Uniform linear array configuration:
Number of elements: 8
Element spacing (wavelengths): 0.75
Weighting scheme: exponential
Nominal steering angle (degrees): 45
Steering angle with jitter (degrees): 45.588
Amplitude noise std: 0.05
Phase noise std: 0.05

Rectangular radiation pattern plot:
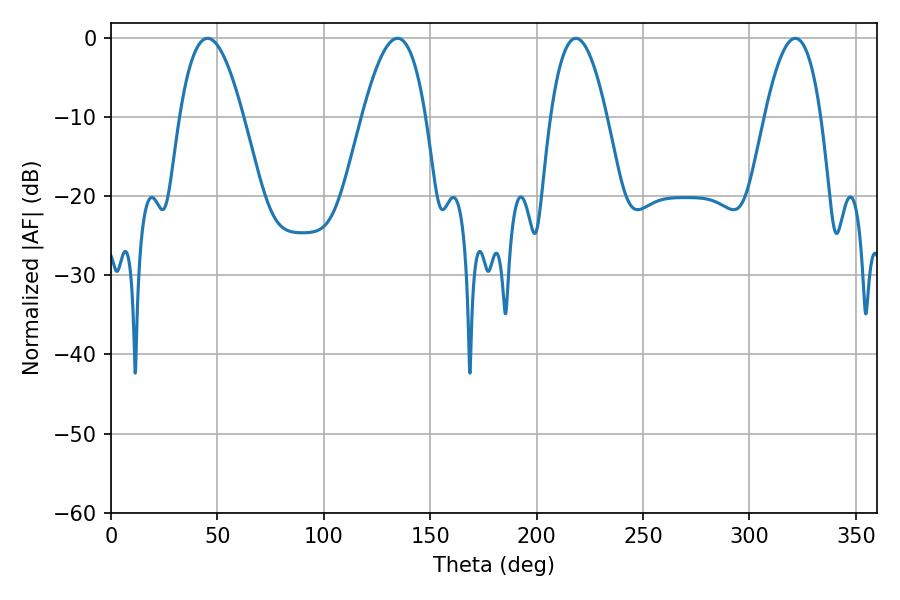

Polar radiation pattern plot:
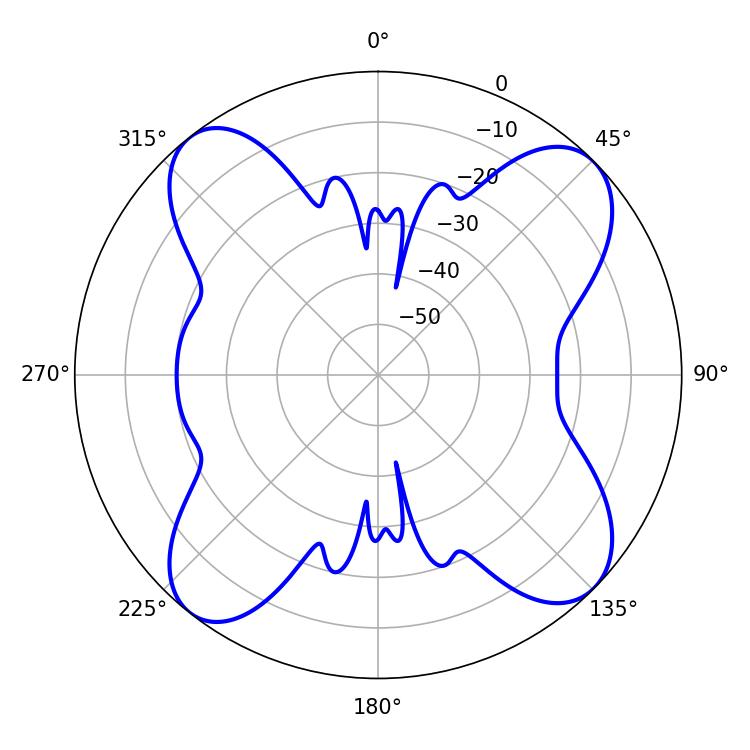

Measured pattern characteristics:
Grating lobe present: TRUE
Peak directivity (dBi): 13.228
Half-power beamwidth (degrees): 16.38
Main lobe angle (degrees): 45.36